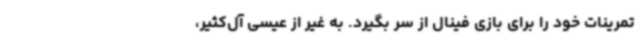
تمرینات خود را برای بازی فینال از سر بگیرد. به غیر از عیسی آل‌کثیر،